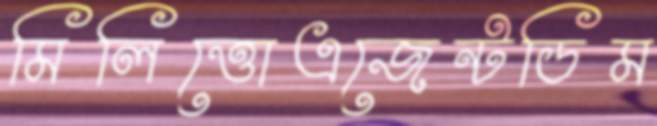
মিলিত্তোএজেন্টডিম